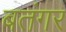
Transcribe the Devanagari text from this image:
बतंगर